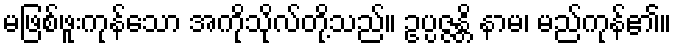
မဖြစ်ဖူးကုန်သော အကိုသိုလ်တို့သည်။ ဥပ္ပဇ္ဇန္တိ နာမ၊ မည်ကုန်၏။